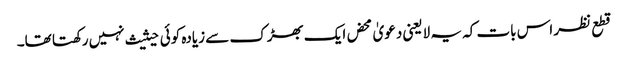
قطع نظر اس بات کہ یہ لایعنی دعویٰ محض ایک بھڑک سے زیادہ کوئی حیثیث نہیں رکھتا تھا۔